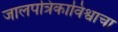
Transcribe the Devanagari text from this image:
जालपत्रिकाविश्वाचा